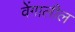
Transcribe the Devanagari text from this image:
वेंगालील